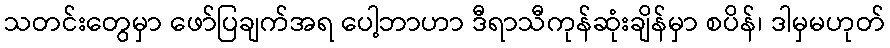
သတင်းတွေမှာ ဖော်ပြချက်အရ ပေါ့ဘာဟာ ဒီရာသီကုန်ဆုံးချိန်မှာ စပိန်၊ ဒါမှမဟုတ်